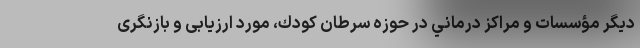
ديگر مؤسسات و مراكز درماني در حوزه سرطان كودك، مورد ارزیابی و بازنگری